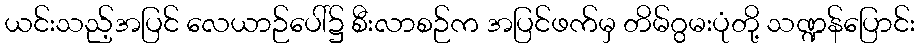
ယင်းသည့်အပြင် လေယာဉ်ပေါ်၌ စီးလာစဉ်က အပြင်ဖက်မှ တိမ်ဂွမးပုံတို့ သဏ္ဍန်ပြောင်း